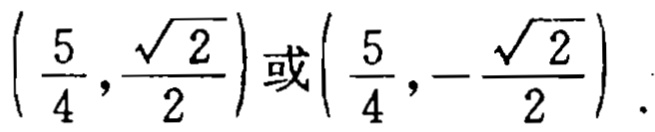
$\left(\frac{5}{4},\frac{\sqrt{2}}{2}\right)或\left(\frac{5}{4},-\frac{\sqrt{2}}{2}\right)$